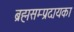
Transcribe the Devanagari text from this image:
ब्रह्मसम्प्रदायका